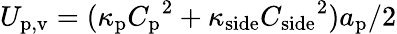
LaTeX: U_{\mathrm{p,v}}=(\kappa_{\mathrm{p}}{C_{\mathrm{p}}}^{2}+\kappa_{\mathrm{side}}{C_{\mathrm{side}}}^{2})a_{\mathrm{p}}/2